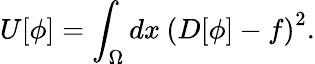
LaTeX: U[\phi]=\int_{\Omega}dx\: \left(D[\phi]-f\right)^{2}.